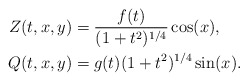
\begin{align*} Z(t,x,y)&= \frac{f(t)}{(1+t^2)^{1/4}} \cos(x), \\ Q(t,x,y)&= g(t)(1+t^2)^{1/4} \sin(x).\end{align*}